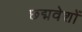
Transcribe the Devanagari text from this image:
छद्मवेशों